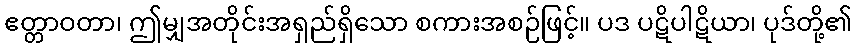
ဧတ္တာဝတာ၊ ဤမျှအတိုင်းအရှည်ရှိသော စကားအစဉ်ဖြင့်။ ပဒ ပဋိပါဋိယာ၊ ပုဒ်တို့၏